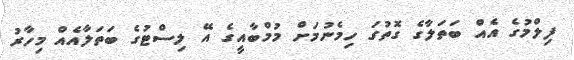
ފިލްމުގެ އެއް ބަތަލާގެ ގޮތުގަ ހިމެނުމަށް މުމްބާއީގެ އޭ ލިސްޓުގެ ބަތަލާއެއް މިހާރު